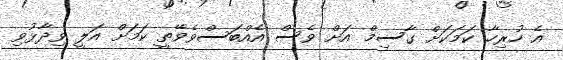
އެ ހުރިހާ ކަމަކަށް ގާސިމް އަށް ވެސް އެއްބަސްވެވޭތީ ކަމަށް އަލީ ވިދާޅުވި